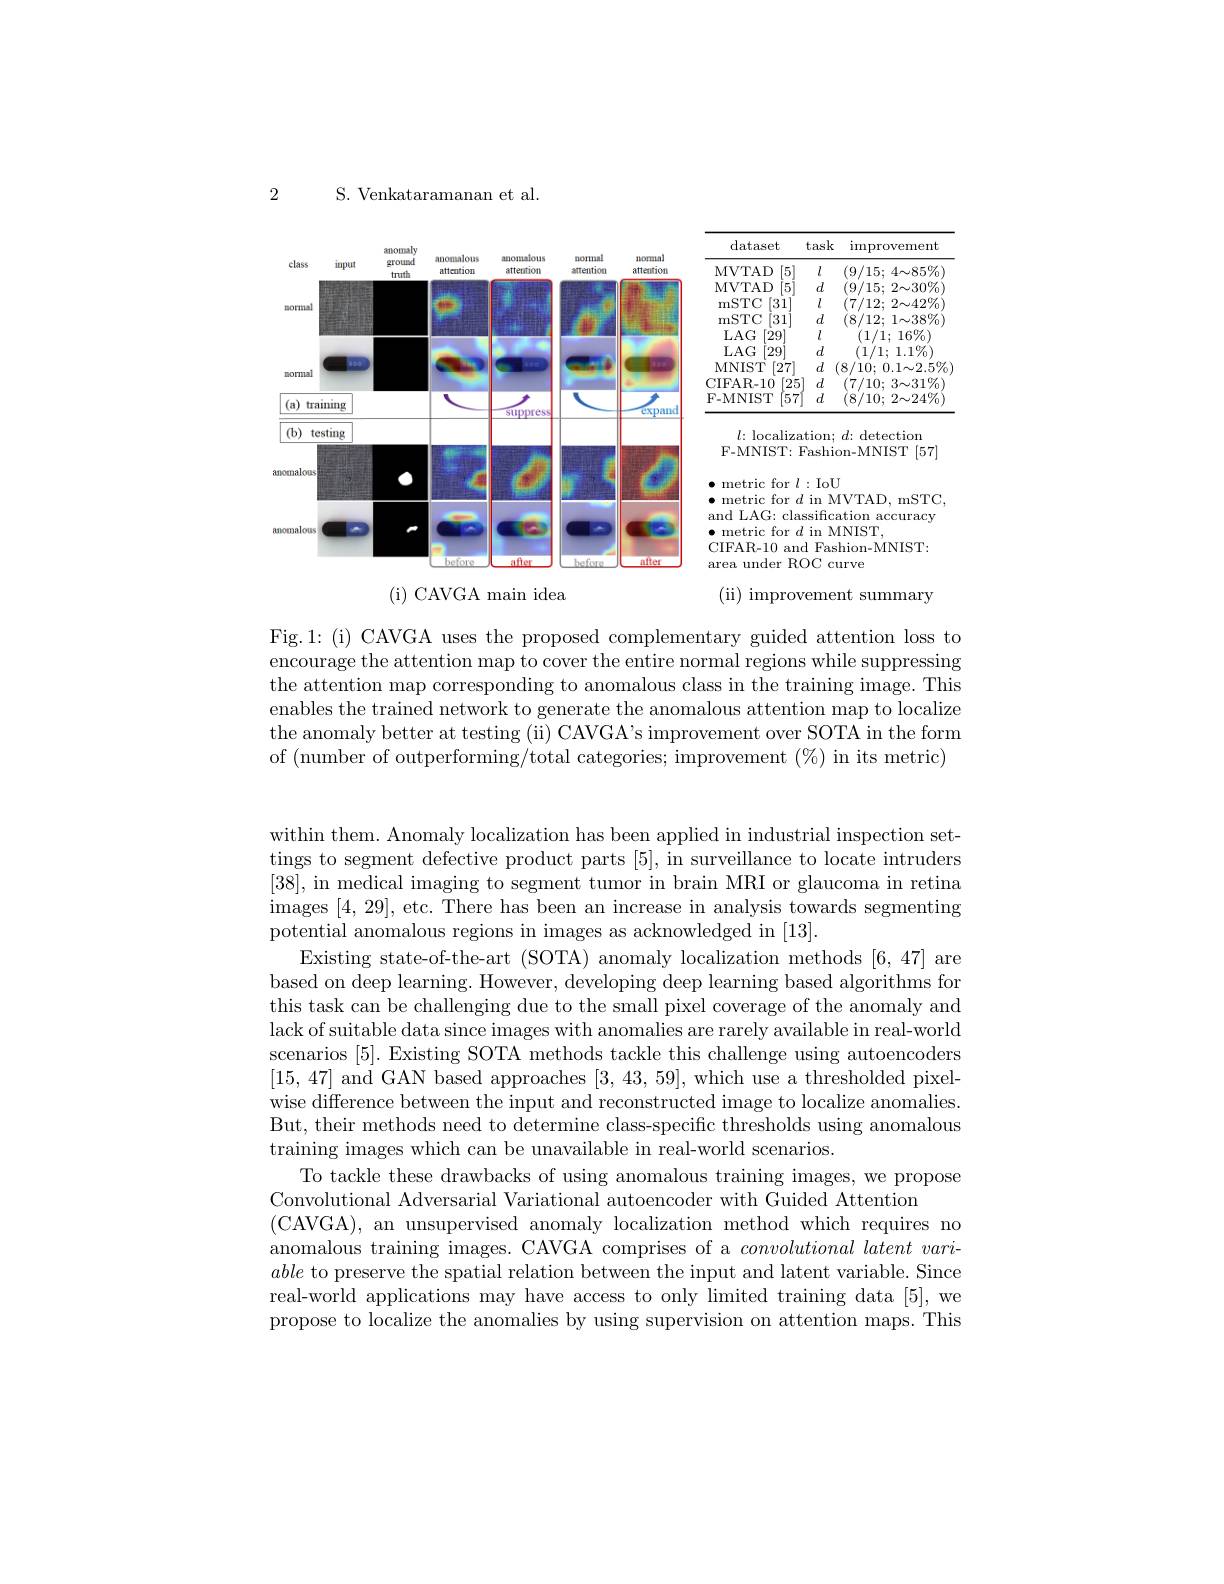
2

S. Venkataramananan et al.

<FigureHere>

<FigureHere>

$l{:\text{ localization; }d:\text{ detection}}$

F-MNIST: Fashion-MNIST[57]

$\bullet$ metric for $l:$IoU

$\bullet$ metric for $d$ in MVTAD, mSTC,

and LAG: classification accuracy

$\bullet$ metric for $d$ in MNIST,

CIFAR-10 and Fashion-MNIST:

area under ROC curve

( i) CAVGA main idea

(ii) improvement summary

Fig.1: (i) CAVGA uses the proposed complementary guided attention loss to encourage the attention map to cover the entire normal regions while suppressing the attention map corresponding to anomalous class in the training image. This enables the trained network to generate the anomalous attention map to localize the anomaly better at testing (ii) CAVGA's improvement over SOTA in the form of (number of outperforming/total categories; improvement (%) in its metric)

within them. Anomaly localization has been applied in industrial inspection settings to segment defective product parts [5], in surveillance to locate intruders [38], in medical imaging to segment tumor in brain MRI or glaucoma in retina images [4,29], etc. There has been an increase in analysis towards segmenting potential anomalous regions in images as acknowledged in [13].
Existing state-of-the-art (SOTA) anomaly localization methods [6,47] are based on deep learning. However, developing deep learning based algorithms for this task can be challenging due to the small pixel coverage of the anomaly and lack of suitable data since images with anomalies are rarely available in real-world scenarios [5]. Existing SOTA methods tackle this challenge using autoencoders [15,47] and GAN based approaches [3,43,59],which use a thresholded pixelwise difference between the input and reconstructed image to localize anomalies. But, their methods need to determine class-specific thresholds using anomalous training images which can be unavailable in real-world scenarios.
To tackle these drawbacks of using anomalous training images, we propose
Convolutional Adversarial Variational autoencoder with Guided Attention
(CAVGA), an unsupervised anomaly localization method which requires no anomalous training images. CAVGA comprises of a $convolutional\textit{latent vari- }$ able to preserve the spatial relation between the input and latent variable. Since real-world applications may have access to only limited training data [5], we propose to localize the anomalies by using supervision on attention maps. This